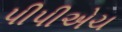
પીપીએચ